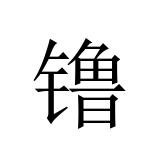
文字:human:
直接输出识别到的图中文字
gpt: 镥